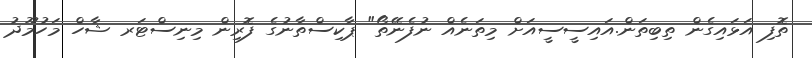
ތޮފި އަޅައިގެން ތިބިތަން.އައިސީސީއަށް މިތަނެއް ނުފެނޭތޯ" ޕާކިސްތާނުގެ ފޮރިން މިނިސްޓަރ ޝާހް މަހުމޫދު